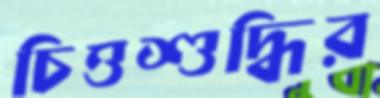
চিত্তশুদ্ধির